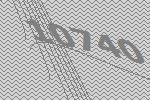
10740